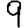
Digit: 9